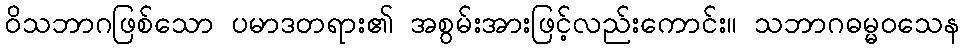
ဝိသဘာဂဖြစ်သော ပမာဒတရား၏ အစွမ်းအားဖြင့်လည်းကောင်း။ သဘာဂဓမ္မဝသေန